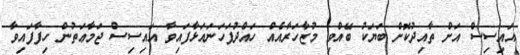
އައިސިސް އަށް ތާއިދުކޮށް ބަޔަކު ބޭއްވި މުޒާހަރާއެއް ހައްދުފަހަނައަޅާފައިވާ އައިސިސް ޖަމާޢަތުން ހިފާފައިވާ